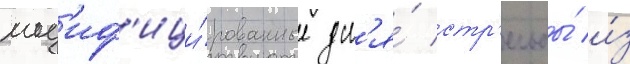
мод'иф'ици́рованные дл'я́ стр'ельбы́ и́з